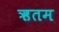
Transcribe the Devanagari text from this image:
ऋतम